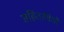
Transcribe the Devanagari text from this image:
संहिताविधी